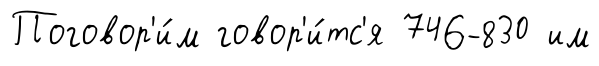
Поговор'и́м говор'и́тс'я 746-830 им